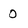
Character: 0